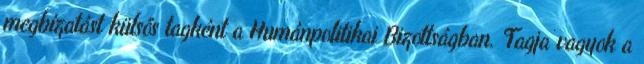
megbízatást külsős tagként a Humánpolitikai Bizottságban. Tagja vagyok a